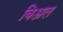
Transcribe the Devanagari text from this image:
बिअल